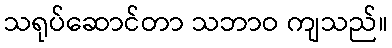
သရုပ်ဆောင်တာ သဘာဝ ကျသည်။